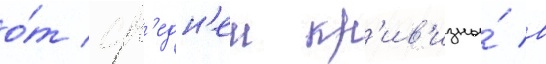
о́т ср'едн'еи кр'ив'изны́ в